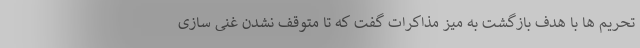
تحریم ها با هدف بازگشت به میز مذاکرات گفت که تا متوقف نشدن غنی سازی